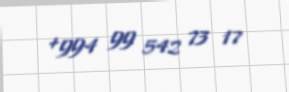
+994 99 542 73 17